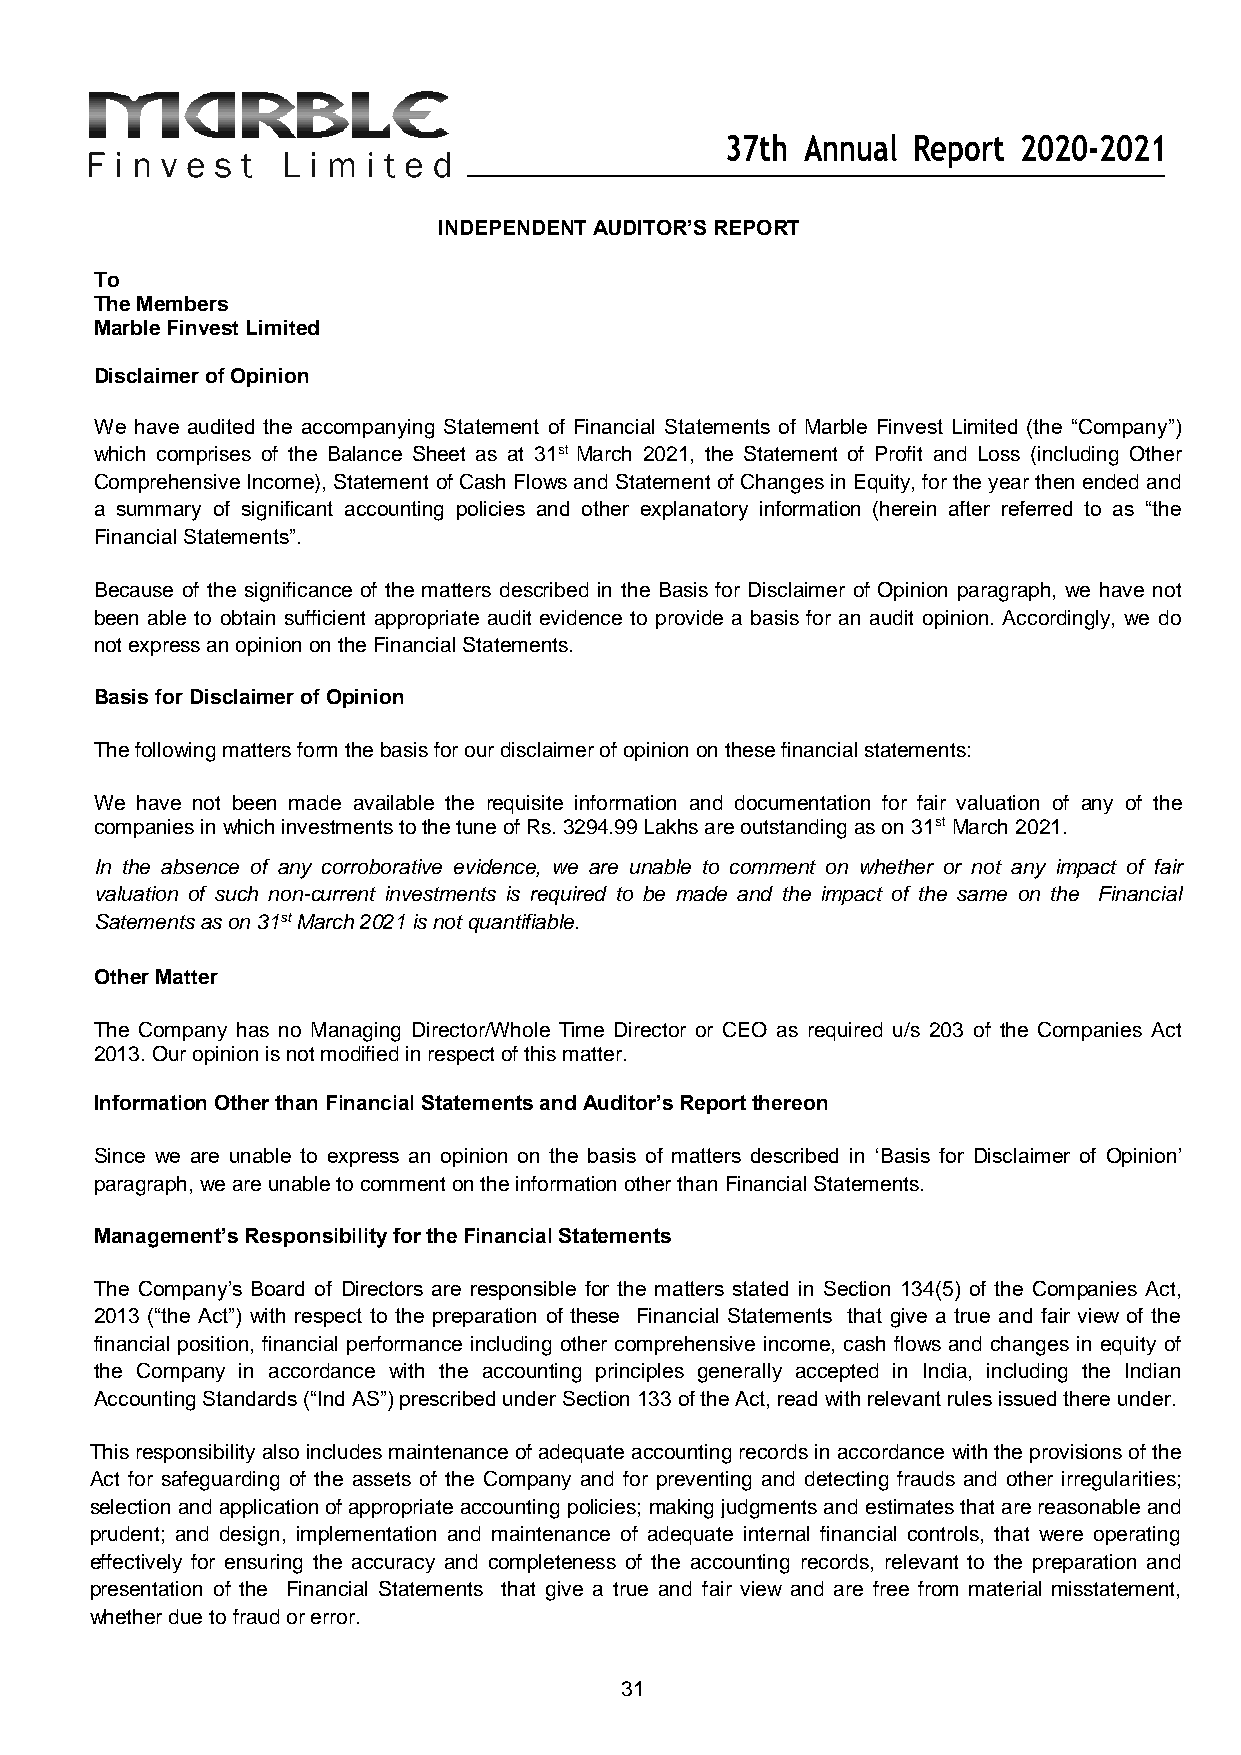
37th Annual Report 2020-2021
 INDEPENDENT AUDITOR’S REPORT
 To
 The Members
 Marble Finvest Limited
 Disclaimer of Opinion
 We have audited the accompanying Statement of Financial Statements of Marble Finvest Limited (the “Company”)
 which comprises of the Balance Sheet as at 31st March 2021, the Statement of Profit and Loss (including Other
 Comprehensive Income), Statement of Cash Flows and Statement of Changes in Equity, for the year then ended and
 a summary of significant accounting policies and other explanatory information (herein after referred to as “the
 Financial Statements”.
 Because of the significance of the matters described in the Basis for Disclaimer of Opinion paragraph, we have not
 been able to obtain sufficient appropriate audit evidence to provide a basis for an audit opinion. Accordingly, we do
 not express an opinion on the Financial Statements.
 Basis for Disclaimer of Opinion
 The following matters form the basis for our disclaimer of opinion on these financial statements:
 We have not been made available the requisite information and documentation for fair valuation of any of the
 companies in which investments to the tune of Rs. 3294.99 Lakhs are outstanding as on 31st March 2021.
 In the absence of any corroborative evidence, we are unable to comment on whether or not any impact of fair
 valuation of such non-current investments is required to be made and the impact of the same on the Financial
 Satements as on 31st March 2021 is not quantifiable.
 Other Matter
 The Company has no Managing Director/Whole Time Director or CEO as required u/s 203 of the Companies Act
 2013. Our opinion is not modified in respect of this matter.
 Information Other than Financial Statements and Auditor’s Report thereon
 Since we are unable to express an opinion on the basis of matters described in ‘Basis for Disclaimer of Opinion’
 paragraph, we are unable to comment on the information other than Financial Statements.
 Management’s Responsibility for the Financial Statements
 The Company’s Board of Directors are responsible for the matters stated in Section 134(5) of the Companies Act,
 2013 (“the Act”) with respect to the preparation of these Financial Statements that give a true and fair view of the
 financial position, financial performance including other comprehensive income, cash flows and changes in equity of
 the Company in accordance with the accounting principles generally accepted in India, including the Indian
 Accounting Standards (“Ind AS”) prescribed under Section 133 of the Act, read with relevant rules issued there under.
 This responsibility also includes maintenance of adequate accounting records in accordance with the provisions of the
 Act for safeguarding of the assets of the Company and for preventing and detecting frauds and other irregularities;
 selection and application of appropriate accounting policies; making judgments and estimates that are reasonable and
 prudent; and design, implementation and maintenance of adequate internal financial controls, that were operating
 effectively for ensuring the accuracy and completeness of the accounting records, relevant to the preparation and
 presentation of the Financial Statements that give a true and fair view and are free from material misstatement,
 whether due to fraud or error.
 31